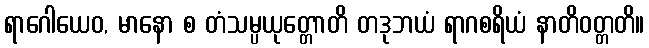
ရာဂေါယေဝ, မာနော စ တံသမ္ပယုတ္တောတိ တဒုဘယံ ရာဂစရိယံ နာတိဝတ္တတိ။